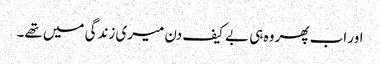
اور اب پھر وہ ہی بے کیف دن میری زندگی میں تھے۔